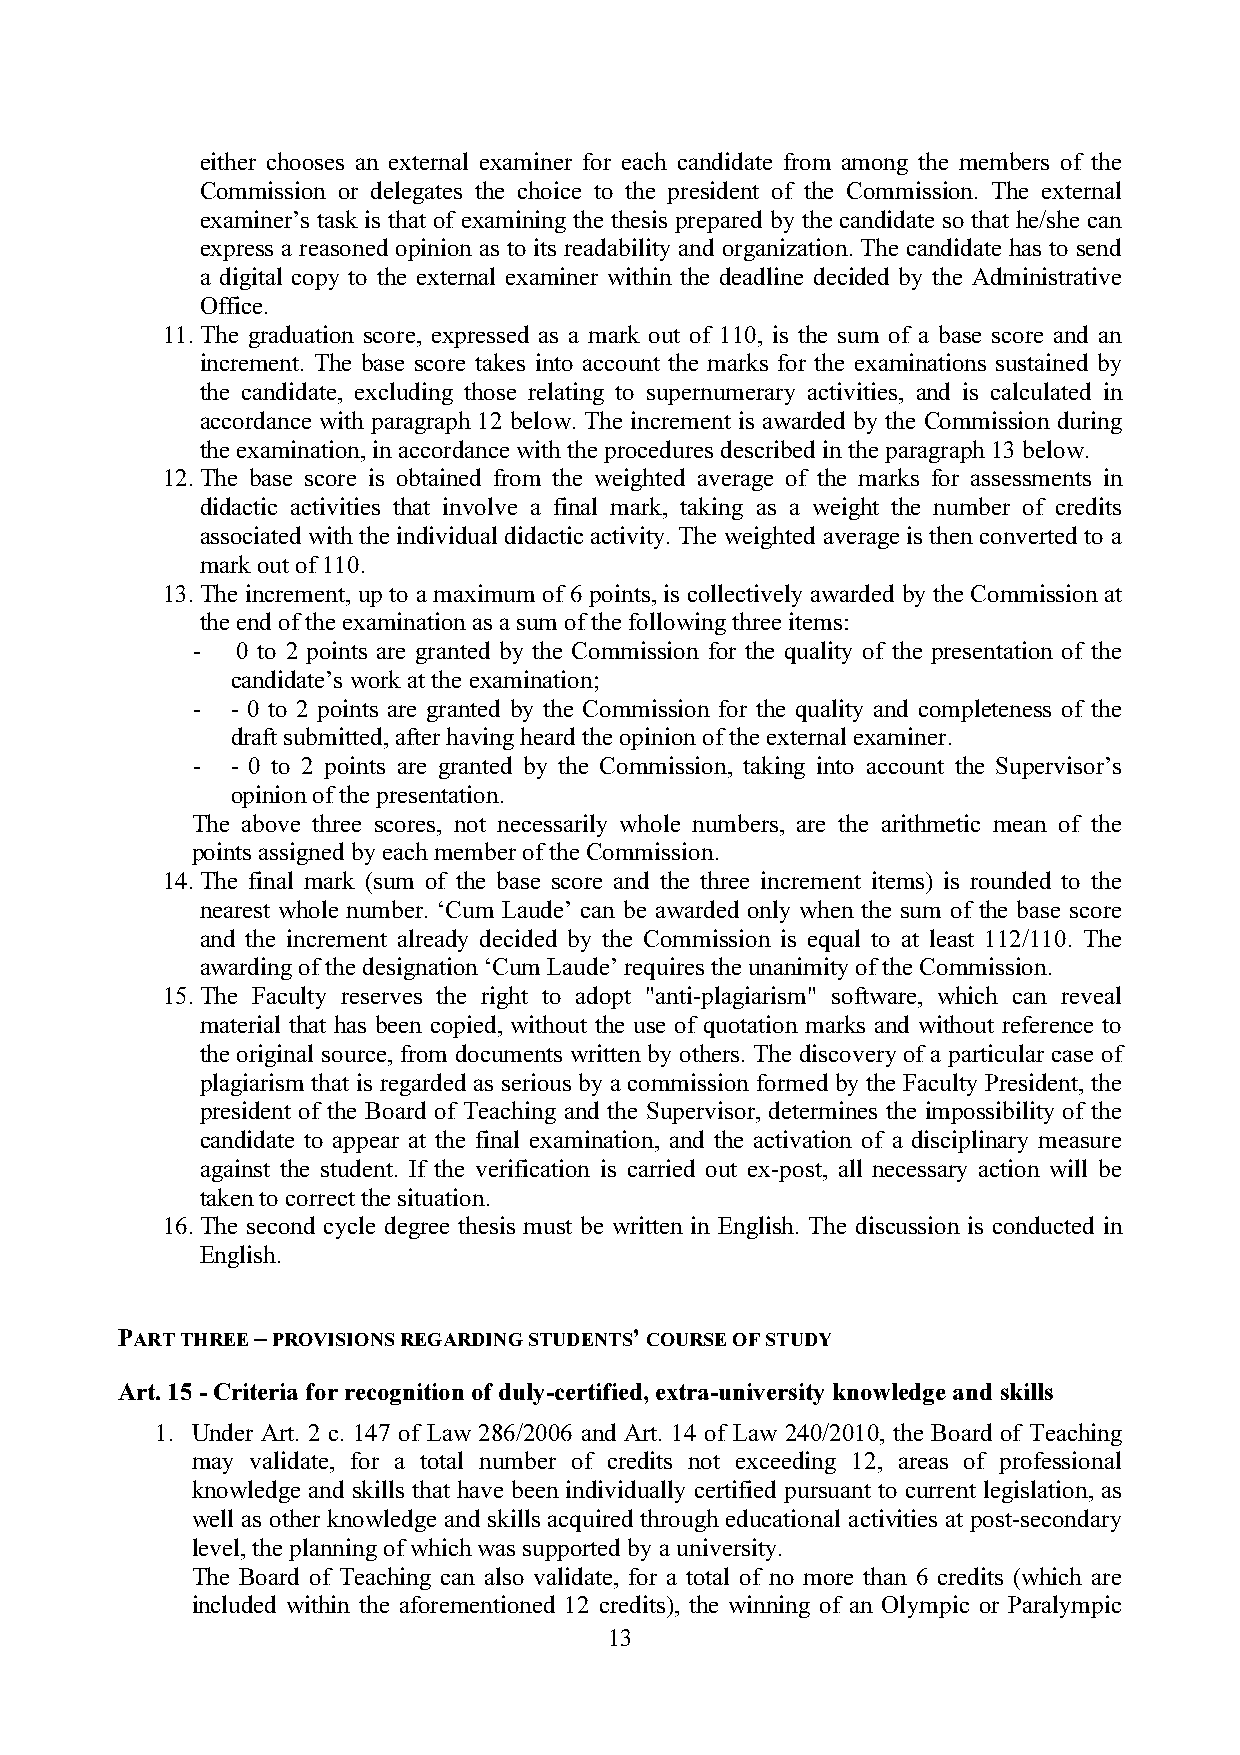
either chooses an external examiner for each candidate from among the members of the
 Commission or delegates the choice to the president of the Commission. The external
 examiner’s task is that of examining the thesis prepared by the candidate so that he/she can
 express a reasoned opinion as to its readability and organization. The candidate has to send
 a digital copy to the external examiner within the deadline decided by the Administrative
 Office.
 11. The graduation score, expressed as a mark out of 110, is the sum of a base score and an
 increment. The base score takes into account the marks for the examinations sustained by
 the candidate, excluding those relating to supernumerary activities, and is calculated in
 accordance with paragraph 12 below. The increment is awarded by the Commission during
 the examination, in accordance with the procedures described in the paragraph 13 below.
 12. The base score is obtained from the weighted average of the marks for assessments in
 didactic activities that involve a final mark, taking as a weight the number of credits
 associated with the individual didactic activity. The weighted average is then converted to a
 mark out of 110.
 13. The increment, up to a maximum of 6 points, is collectively awarded by the Commission at
 the end of the examination as a sum of the following three items:
 -  0 to 2 points are granted by the Commission for the quality of the presentation of the
 candidate’s work at the examination;
 - - 0 to 2 points are granted by the Commission for the quality and completeness of the
 draft submitted, after having heard the opinion of the external examiner.
 - - 0 to 2 points are granted by the Commission, taking into account the Supervisor’s
 opinion of the presentation.
 The above three scores, not necessarily whole numbers, are the arithmetic mean of the
 points assigned by each member of the Commission.
 14. The final mark (sum of the base score and the three increment items) is rounded to the
 nearest whole number. ‘Cum Laude’ can be awarded only when the sum of the base score
 and the increment already decided by the Commission is equal to at least 112/110. The
 awarding of the designation ‘Cum Laude’ requires the unanimity of the Commission.
 15. The Faculty reserves the right to adopt "anti-plagiarism" software, which can reveal
 material that has been copied, without the use of quotation marks and without reference to
 the original source, from documents written by others. The discovery of a particular case of
 plagiarism that is regarded as serious by a commission formed by the Faculty President, the
 president of the Board of Teaching and the Supervisor, determines the impossibility of the
 candidate to appear at the final examination, and the activation of a disciplinary measure
 against the student. If the verification is carried out ex-post, all necessary action will be
 taken to correct the situation.
 16. The second cycle degree thesis must be written in English. The discussion is conducted in
 English.
 PART THREE – PROVISIONS REGARDING STUDENTS’ COURSE OF STUDY
 Art. 15 - Criteria for recognition of duly-certified, extra-university knowledge and skills
 1. Under Art. 2 c. 147 of Law 286/2006 and Art. 14 of Law 240/2010, the Board of Teaching
 may validate, for a total number of credits not exceeding 12, areas of professional
 knowledge and skills that have been individually certified pursuant to current legislation, as
 well as other knowledge and skills acquired through educational activities at post-secondary
 level, the planning of which was supported by a university.
 The Board of Teaching can also validate, for a total of no more than 6 credits (which are
 included within the aforementioned 12 credits), the winning of an Olympic or Paralympic
 13